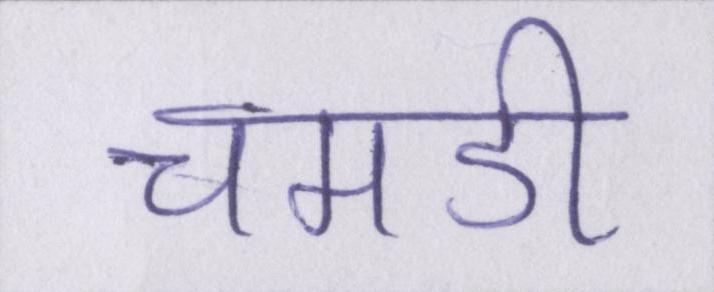
चमडी